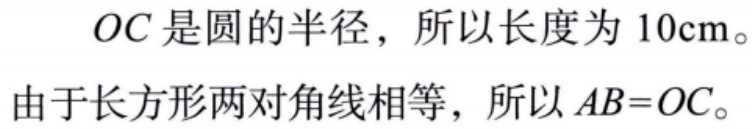
\(OC\)是圆的半径，所以长度为 \(10cm\)。

由于长方形两对角线相等，所以 \(AB = OC\)。